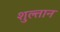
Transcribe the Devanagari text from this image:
शुल्तान